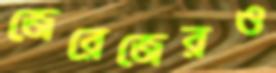
জেরেজেরও